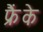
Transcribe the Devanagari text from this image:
फ्रैंके